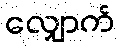
လျှောက်